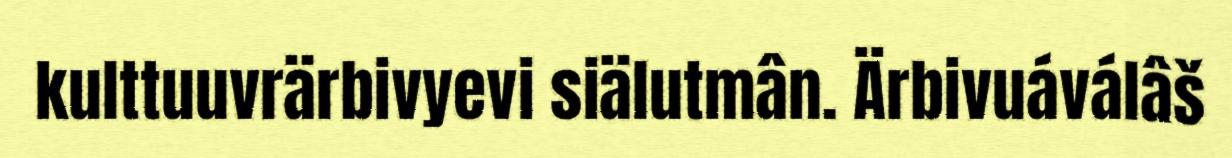
kulttuuvrärbivyevi siälutmân. Ärbivuáválâš